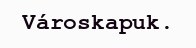
Városkapuk.